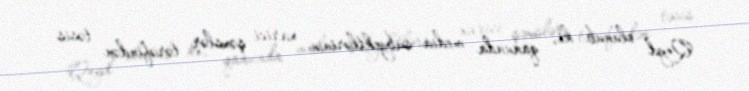
Qeyd olunub ki, qanunda media subyektlərinin xarici şəxslər tərəfindən təsis